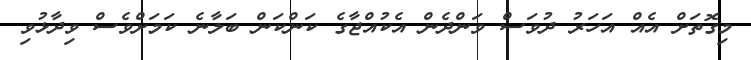
މިގޮތަށް އެއް އަހަރު ދުވަސް ވަންދެން އެކުއްޖާގެ ކަންކަން ބަލާނެ ކަމަށްވެސް ވިދާޅުވި